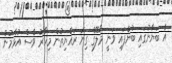
އެ ބަޔާނުގައި ބުނެފައި ވަނީ މާލޭގެ ގިނަ ރައްޔިތުން މިހާރު ވެސް އުޅެމުން